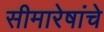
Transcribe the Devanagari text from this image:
सीमारेषांचे